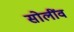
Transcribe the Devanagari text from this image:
सोलींव